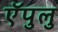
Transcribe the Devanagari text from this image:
ऍपुलु